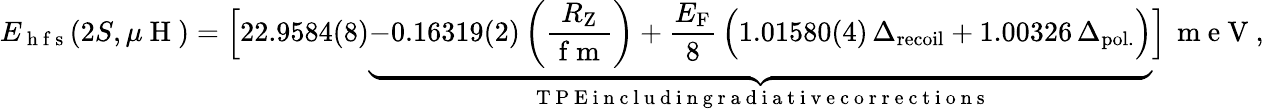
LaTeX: E_{\mathrm{~h~f~s~}}(2S,\mu\mathrm{~H~})=\Big[22.9584(8)\underbrace{-0.16319(2)\left(\frac{R_{\mathrm{Z}}}{\mathrm{~f~m~}}\right)+\frac{E_{\mathrm{F}}}{8}\, \Big(1.01580(4)\, \Delta_{\mathrm{recoil}}+1.00326\, \Delta_{\mathrm{pol.}}\Big)}_{\mathrm{~T~P~E~i~n~c~l~u~d~i~n~g~r~a~d~i~a~t~i~v~e~c~o~r~r~e~c~t~i~o~n~s~}}\Big]\, \mathrm{~m~e~V~},